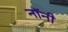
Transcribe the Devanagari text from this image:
नॉनी